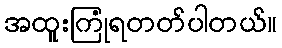
အထူးကြုံရတတ်ပါတယ်။